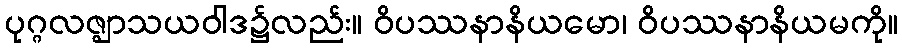
ပုဂ္ဂလဇ္ဈာသယဝါဒ၌လည်း။ ဝိပဿနာနိယမော၊ ဝိပဿနာနိယမကို။